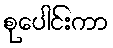
စုပေါင်းကာ